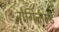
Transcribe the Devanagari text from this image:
रोगिनाल्ड